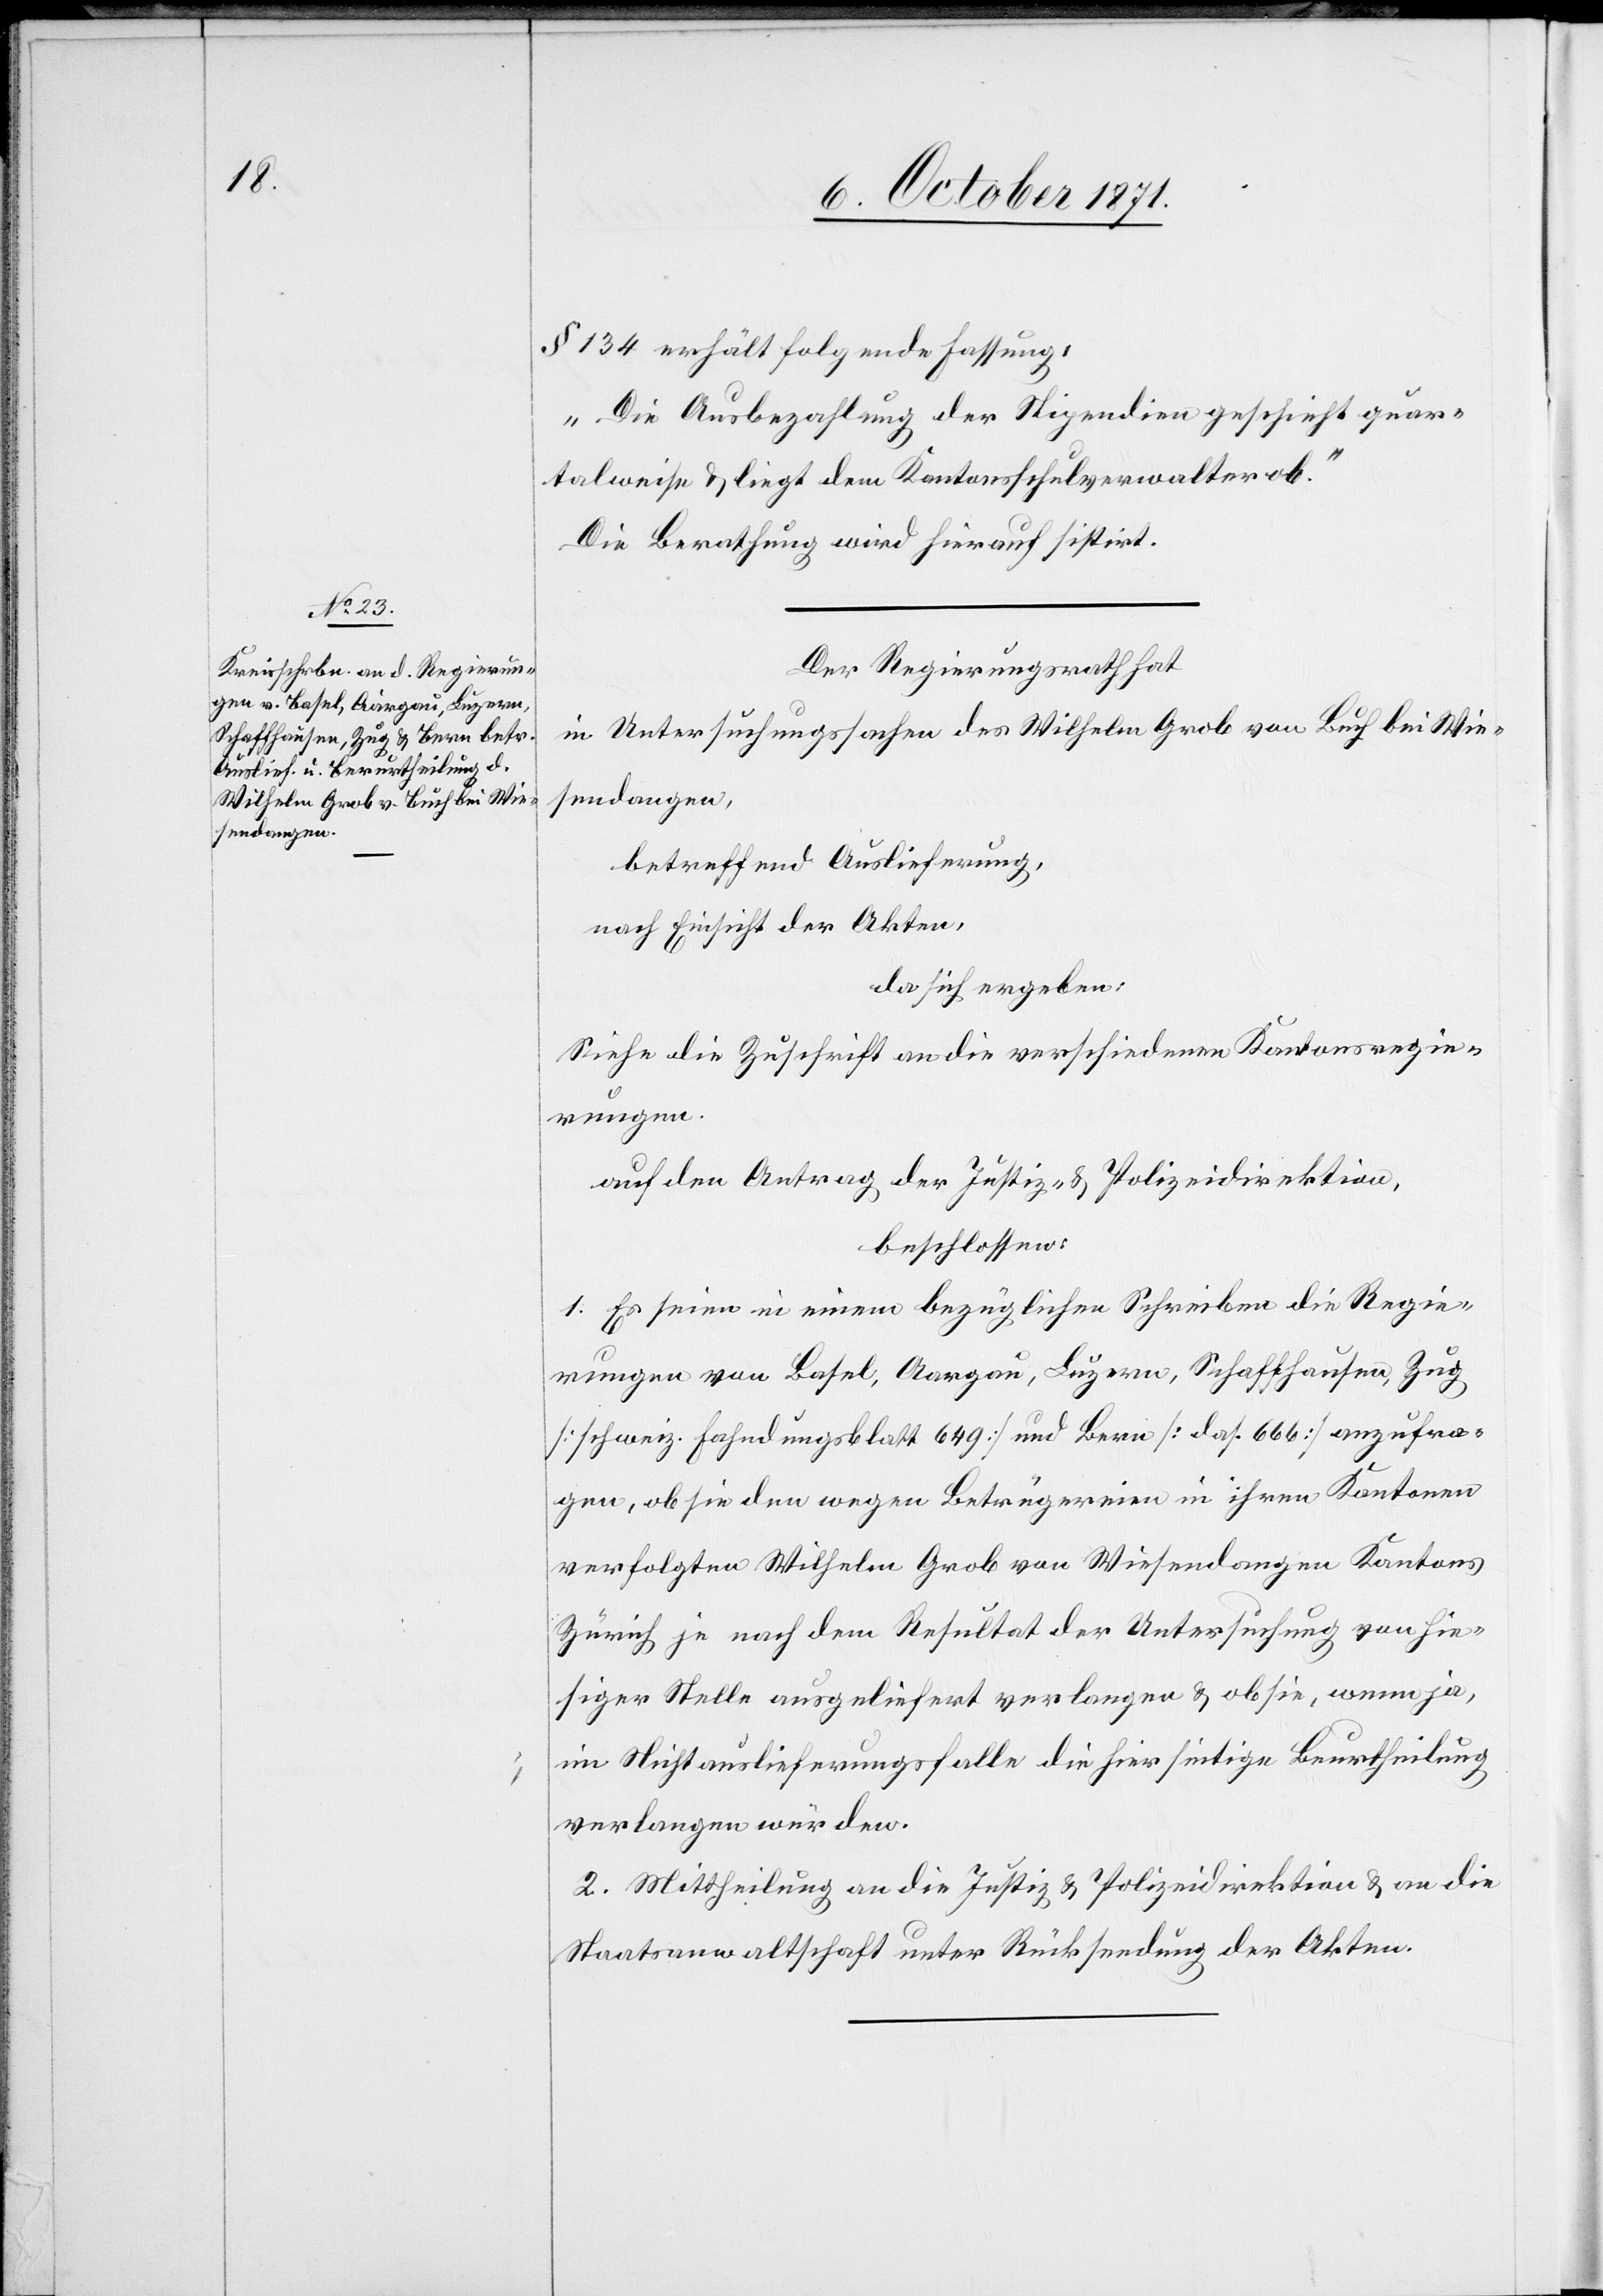
§ 134 erhält folgende Fassung:
„Die Ausbezahlung der Stipendien geschieht quar¬
talweise & liegt dem Kantonsschulverwalter ob.“
Die Berathung wird hierauf sistirt.
Der Regierungsrath hat
in Untersuchungssachen des Wilhelm Grob von Buch bei Wie¬
sendangen,
betreffend Auslieferung,
nach Einsicht der Akten,
da sich ergeben:
Siehe die Zuschrift an die verschiedenen Kantonsregie¬
rungen.
auf den Antrag der Justiz- & Polizeidirektion,
beschlossen:
1. Es seien in einem bezüglichen Schreiben die Regie¬
rungen von Basel, Aargau, Luzern, Schaffhausen, Zug
[schweiz. Fahndungsblatt 649] und Bern [das. 666] anzufra¬
gen, ob sie den wegen Betrügereien in ihren Kantonen
verfolgten Wilhelm Grob von Wiesendangen Kantons
Zürich je nach dem Resultat der Untersuchung von hie¬
siger Stelle ausgeliefert verlangen & ob sie, wenn ja,
im Nichtauslieferungsfalle die hierseitige Beurtheilung
verlangen würden.
2. Mittheilung an die Justiz(-) & Polizeidirektion & an die
Staatsanwaltschaft unter Rücksendung der Akten.